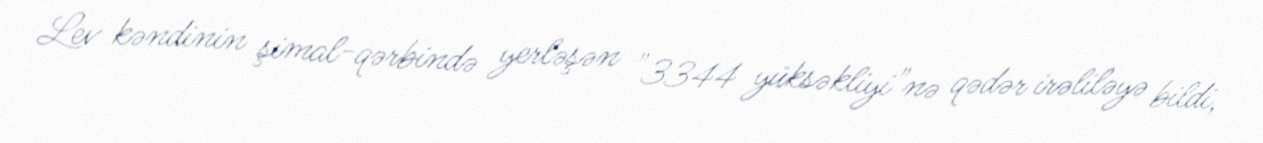
Lev kəndinin şimal-qərbində yerləşən "3344 yüksəkliyi"nə qədər irəliləyə bildi,